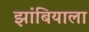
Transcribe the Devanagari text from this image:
झांबियाला